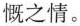
慨之情。